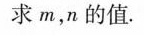
求m，n的值.